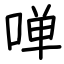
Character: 啴